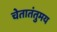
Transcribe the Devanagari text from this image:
चेतातंतुमय